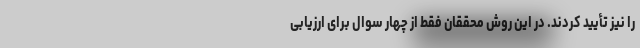
را نیز تأیید کردند. در این روش محققان فقط از چهار سوال برای ارزیابی